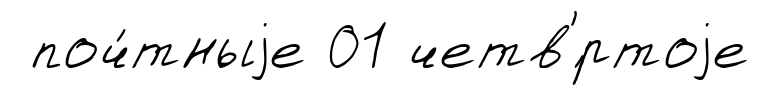
поч́тныjе 01 четв'́ртоjе